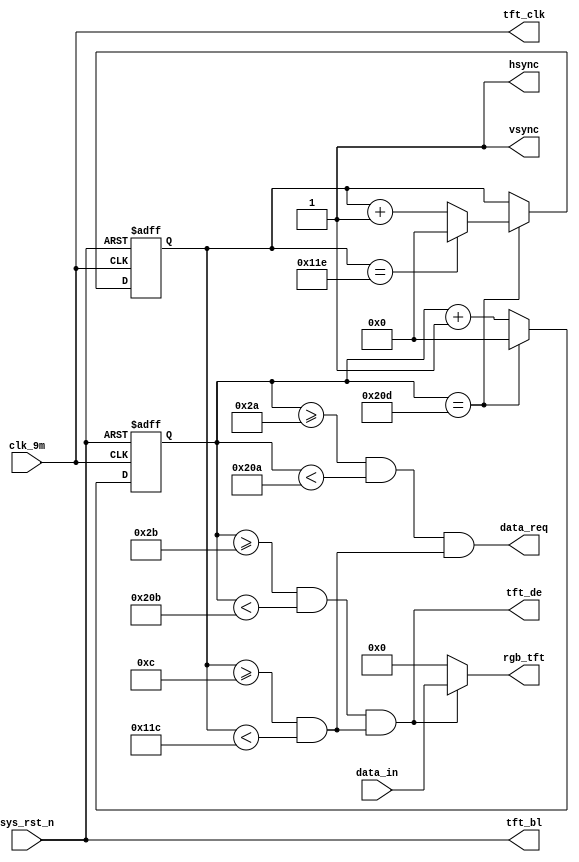
`timescale  1ns/1ns
////////////////////////////////////////////////////////////////////////
// Module Name   : tft_ctrl
// Project Name  : sd_tft_pic
// Target Devices: Altera EP4CE10F17C8N
// Tool Versions : Quartus 13.0
// Description   : TFT
// 
// Revision      : V1.0
// Additional Comments:
// 
// : _Pro_FPGA
//     : http://www.embedfire.com
//     : http://www.firebbs.cn
//     : https://fire-stm32.taobao.com
////////////////////////////////////////////////////////////////////////

module  tft_ctrl
(
    input   wire            clk_9m      ,   //,9MHz
    input   wire            sys_rst_n   ,   //,
    input   wire    [15:0]  data_in     ,   //

    output  wire            data_req    ,   //
    output  wire    [15:0]  rgb_tft     ,   //TFT
    output  wire            hsync       ,   //TFT
    output  wire            vsync       ,   //TFT
    output  wire            tft_clk     ,   //TFT
    output  wire            tft_de      ,   //TFT
    output  wire            tft_bl          //TFT
);

//********************************************************************//
//****************** Parameter and Internal Signal *******************//
//********************************************************************//

//parameter     define
parameter   H_SYNC      =   11'd41  ,   //
            H_BACK      =   11'd2   ,   //
            H_LEFT      =   11'd0   ,   //
            H_VALID     =   11'd480 ,   //
            H_RIGHT     =   11'd0   ,   //
            H_FRONT     =   11'd2   ,   //
            H_TOTAL     =   11'd525 ;   //
parameter   V_SYNC      =   11'd10  ,   //
            V_BACK      =   11'd2   ,   //
            V_TOP       =   11'd0   ,   //
            V_VALID     =   11'd272 ,   //
            V_BOTTOM    =   11'd0   ,   //
            V_FRONT     =   11'd2   ,   //
            V_TOTAL     =   11'd286 ;   //

//wire  define
wire    data_valid  ;//

//reg   define
reg     [9:0]   cnt_h   ;   //
reg     [9:0]   cnt_v   ;   //

//********************************************************************//
//***************************** Main Code ****************************//
//********************************************************************//

//tft_clk,tft_de,tft_bl:TFT
assign  tft_clk = clk_9m    ;
assign  tft_de  = data_valid;
assign  tft_bl  = sys_rst_n ;

//cnt_h:
always@(posedge clk_9m or negedge sys_rst_n)
    if(sys_rst_n == 1'b0)
        cnt_h   <=  10'd0;
    else    if(cnt_h == H_TOTAL)
        cnt_h   <=  10'd0;
    else
        cnt_h   <=  cnt_h + 10'd1;

//cnt_v:
always@(posedge clk_9m or negedge sys_rst_n)
    if(sys_rst_n == 1'b0)
        cnt_v   <=  10'd0;
    else    if(cnt_h == H_TOTAL) 
    begin
        if(cnt_v == V_TOTAL)
            cnt_v   <=  10'd0;
        else
            cnt_v   <=  cnt_v + 10'd1;
    end
    else 
        cnt_v   <=  cnt_v;

//data_valid:
assign  data_valid = ((cnt_h >= (H_SYNC + H_BACK + H_LEFT)) && (cnt_h < (H_SYNC + H_BACK + H_LEFT + H_VALID)))
                    &&((cnt_v >= (V_SYNC + V_BACK + V_TOP)) && (cnt_v < (V_SYNC + V_BACK + V_TOP + V_VALID)));
//data_req:
assign  data_req = ((cnt_h >= (H_SYNC + H_BACK + H_LEFT - 1'b1)) && (cnt_h < (H_SYNC + H_BACK + H_LEFT + H_VALID - 1'b1)))
                    &&((cnt_v >= (V_SYNC + V_BACK + V_TOP)) && (cnt_v < (V_SYNC + V_BACK + V_TOP + V_VALID)));

//hsync,vsync,rgb_tft:
assign  hsync   = 1'b1;
assign  vsync   = 1'b1;
assign  rgb_tft = (data_valid == 1'b1) ? data_in : 16'h0000;

endmodule